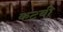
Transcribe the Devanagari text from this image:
कटवी